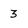
Character: 3